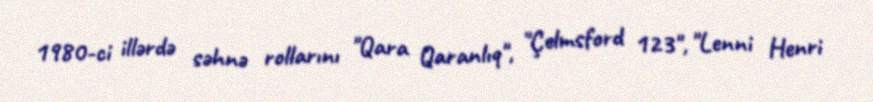
1980-ci illərdə səhnə rollarını "Qara Qaranlıq", "Çelmsford 123", "Lenni Henri